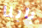
بابنا